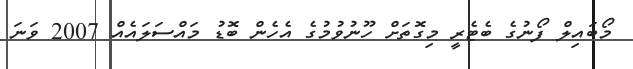
މޯބައިލް ފޯނުގެ ބެޓެރީ މިގޮތަށް ހޫނުވުމުގެ އެހެން ބޮޑު މައްސަލައެއް 2007 ވަނަ